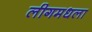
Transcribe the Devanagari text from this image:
लीगमधला